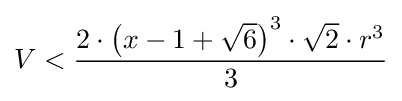
V<{\frac {2\cdot \left(x-1+{\sqrt {6}}\right)^{3}\cdot {\sqrt {2}}\cdot r^{3}}{3}}